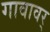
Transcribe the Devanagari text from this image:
गावावर्